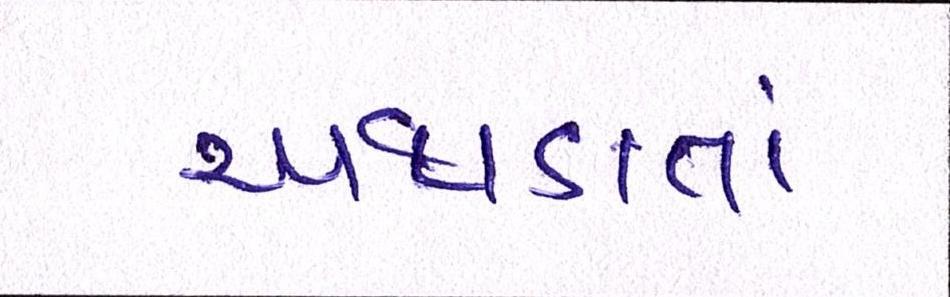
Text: અથડાતાં